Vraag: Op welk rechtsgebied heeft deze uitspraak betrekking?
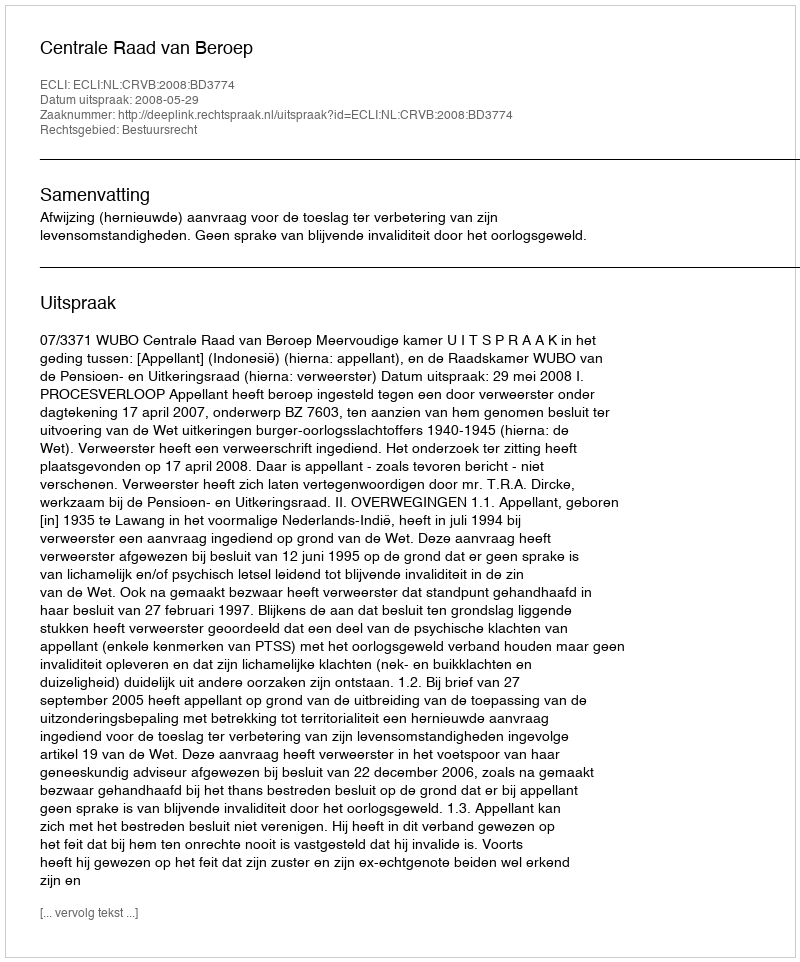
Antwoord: Bestuursrecht